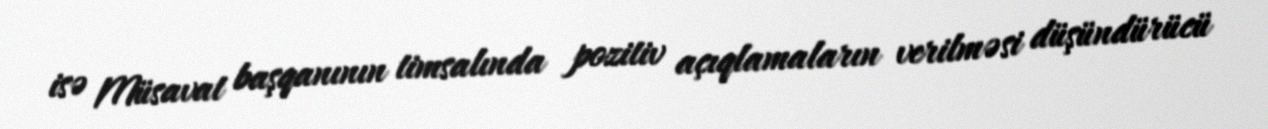
isə Müsavat başqanının timsalında pozitiv açıqlamaların verilməsi düşündürücü